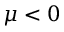
\mu < 0